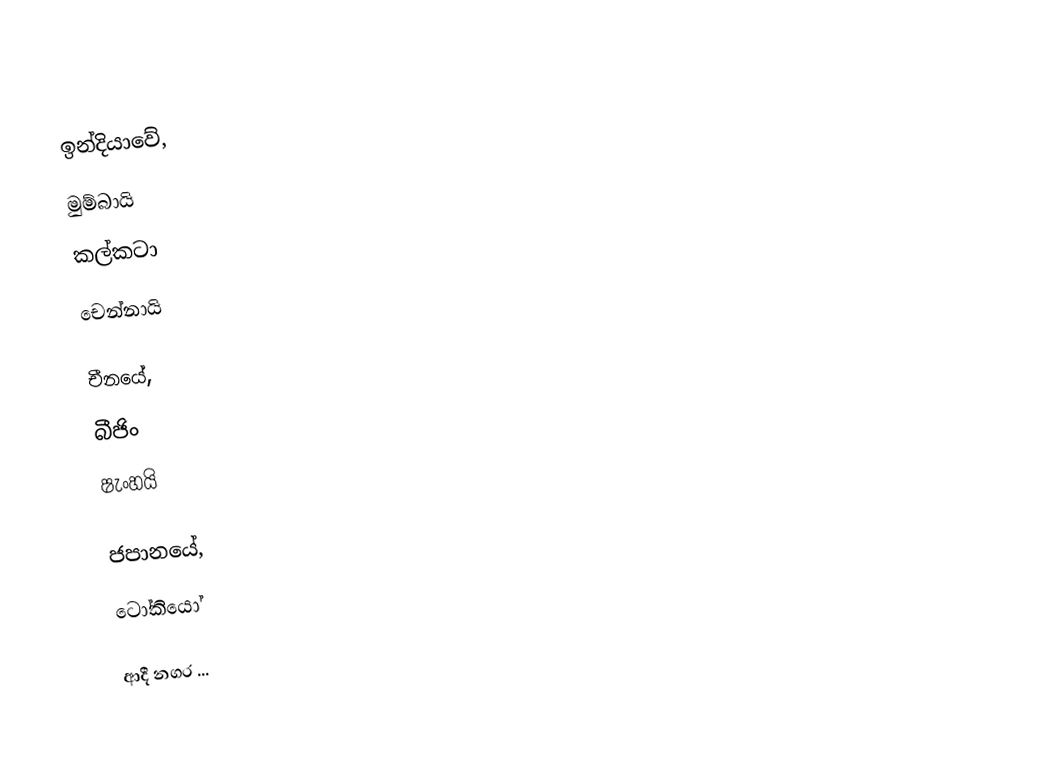
ඉන්දියාවේ,
මුම්බායි
කල්කටා
චෙන්නායි

චීනයේ,
බීජිං
ෂැංහයි

ජපානයේ,
ටෝකියෝ

ආදී නගර ...